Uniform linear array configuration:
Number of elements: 24
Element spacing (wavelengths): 1
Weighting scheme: exponential
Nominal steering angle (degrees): -60
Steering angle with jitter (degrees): -61.458
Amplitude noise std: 0.05
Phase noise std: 0.05

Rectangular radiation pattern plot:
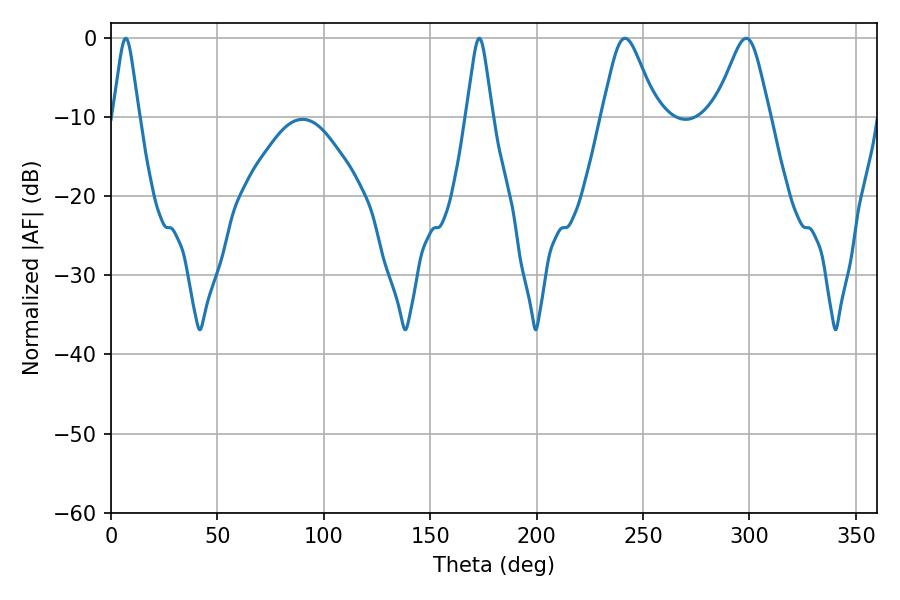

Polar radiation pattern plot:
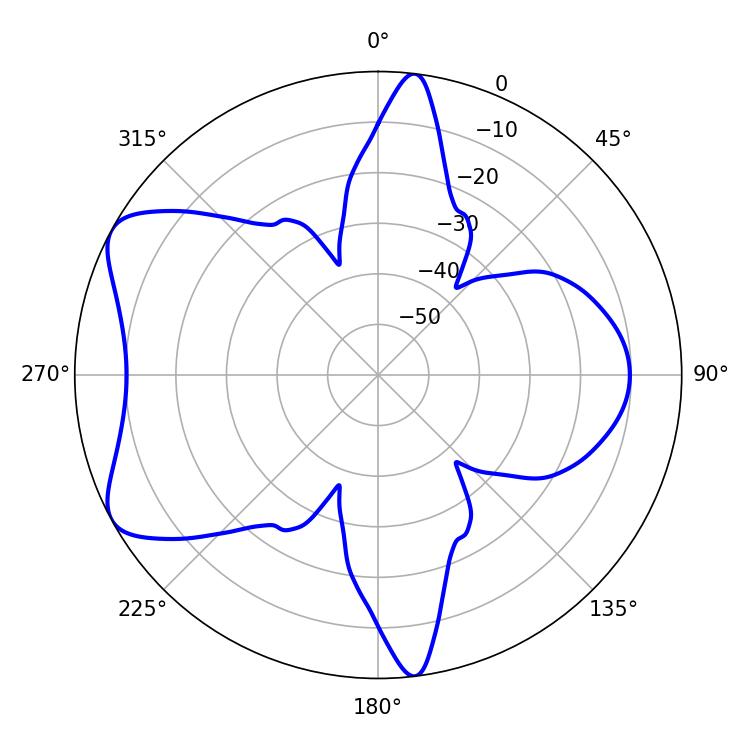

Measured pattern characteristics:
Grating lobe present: TRUE
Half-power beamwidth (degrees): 12.42
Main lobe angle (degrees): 241.56